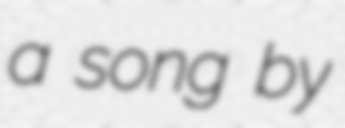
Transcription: a song by